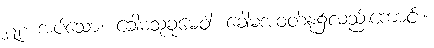
၂၇၂။ အပ်သော။ ခေါမသုခုမေဝါ၊ ခေါမအဝတ်နု၌လည်းကောင်း။